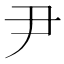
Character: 尹